Janeda_(Ambla)_vallavalitsus, lk 15
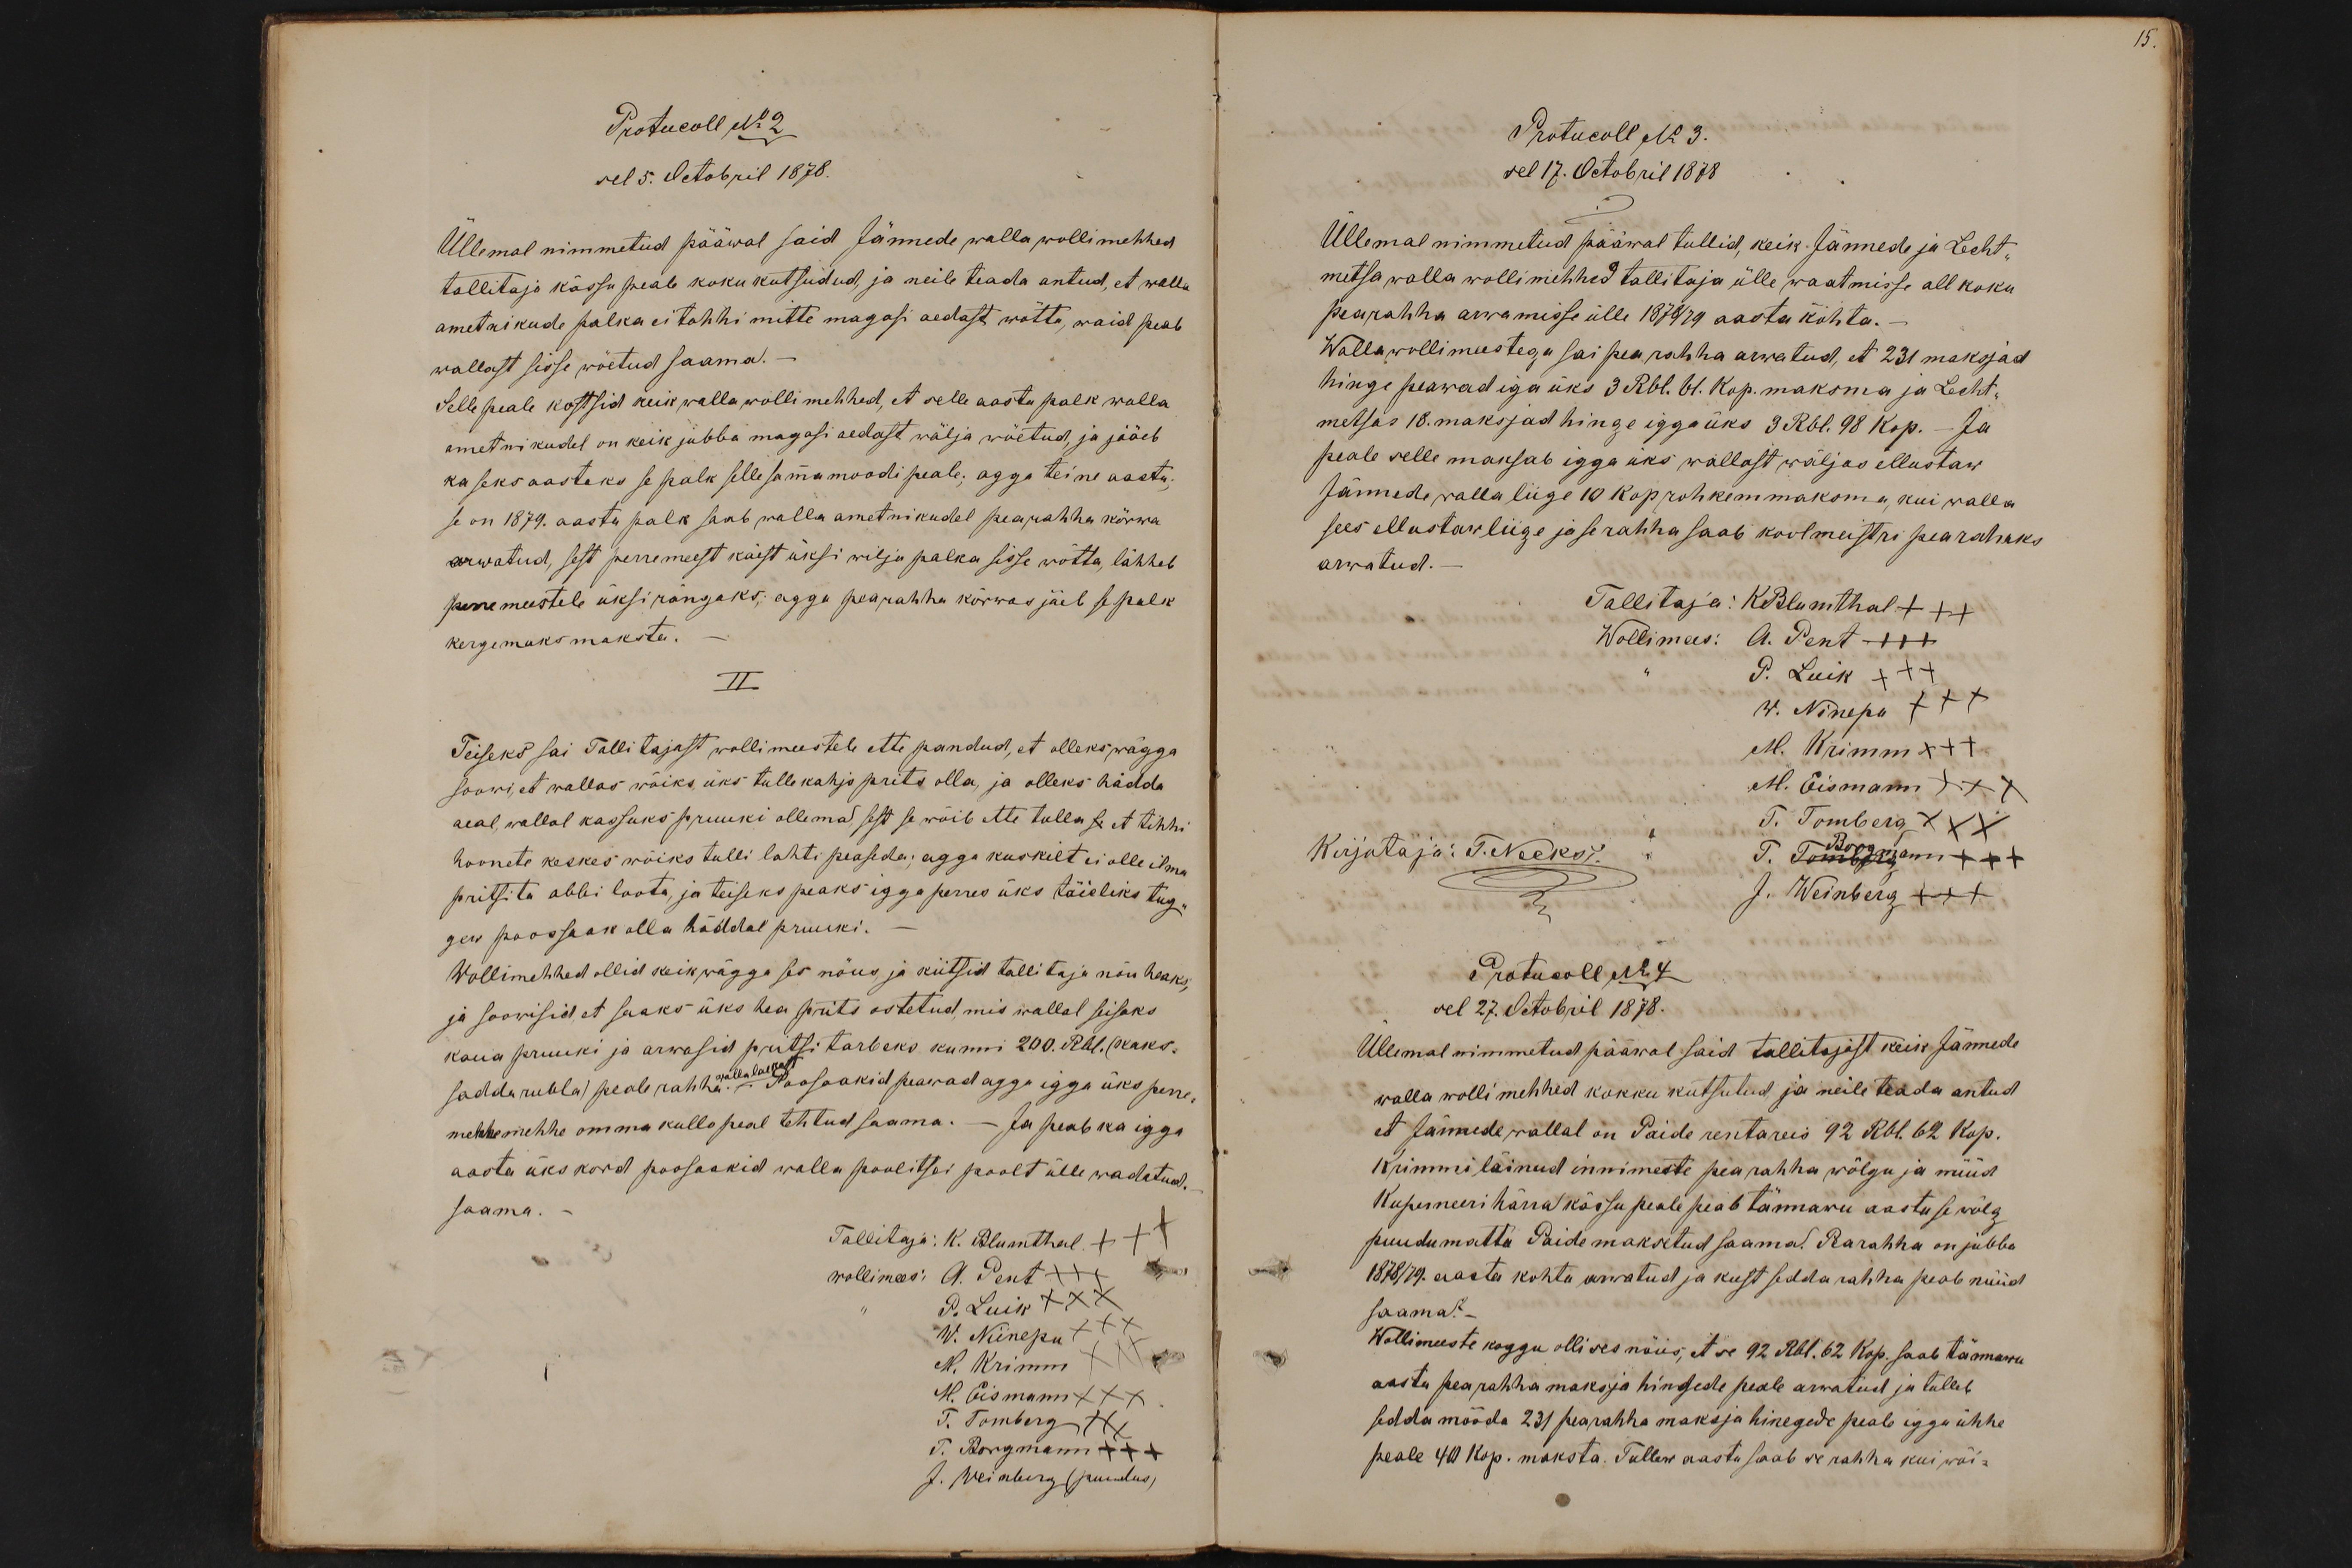
15.

Protucoll No 2
sel 5. Octobril 1878.
Üllemal nimmetud pääwal said Jännede walla wollimehhed
tallitaja kässu peale koku kutsudud, ja neile teada antud, et walla
ametnikude palka ei tohhi mitte magasi aedast wõtta, waid peab
wallast sisse wõetud saama. -
Selle peale kostsid keik walla wollimehhed, et selle aasta palk walla
ametnikudel on keik jubba magasi aedast wälja wõetud, ja jääeb
kaseks aastaks se palk selle sammamoodi peale; agga teine aasta;
se on 1879. aasta palk saab walla ametnikudel pearahha kõrwa
arwatud, sest perremeest käest üksi wilja palka sisse wõtta, lähheb
perremeestele üksi rängaks; agga pearahha kõrwas jäeb se palk
kergemaks maksta.
II
Teiseks sai Tallitajast wollimeestele ette pandud, et olleks wägga
soowi, et wallas wõiks üks tullekahjo prits olla, ja olleks hädda
aeal, wallal kassuks pruuki ollemas, sest se wõib ette tulla se et tihhi
hoonete keskes wõiks tulli lahti peaseda; agga kuskilt ei olle ilma
pritsita abbi loota, ja teiseks peaks igga perres üks täieliks tug-
gew poossaak olla häddal pruuki.
Wollimehhed ollid keik wägga ses nõus, ja kiitsid tallitaja nõu heaks,
ja soowisid, et saaks üks hea prits ostetud, mis wallal seisaks
kaua pruuki ja arwasid pritsi tarbeks kunni 200. Rbl. (kaks-
sadda rubla) peale rahha. walla laekast. Poosaakid peawad agga igga üks perre
mehhe mehhe omma kullo peal tehtud saama. - Ja peab ka igga
aasta üks kord poosaakid walla poolitsei poolt ülle wadatud.
saama.
Tallitaja: K. Blumthal +++
wollimees: A. Pent +++
P. Luik XXX
W. Niinepu XXX
M. Krimm XXX
M. Eismann XXX
T. Tomberg XXX
T. Borgmann +++
J. Weinberg (puudus)

Protucoll No 3.
sel 17. Octobril 1878
Üllemal nimmetud pääwal tullid, keik Jännede ja Lecht-
metsa walla wollimehhed tallitaja ülle waatmisse all koku
pearahha arwamisse ülle 1878/79 aasta kohta.
Walla wollimeestega sai pearahha arwatud, et 231 maksjad
hinge peawad iga üks 3 Rbl. 61. kop. maksma ja Lecht-
metsas 18. maksjad hinge igga üks 3 Rbl. 98 kop. - Ja
peale selle maksab igga üks wallast wäljas ellustaw
Jännede walla liige 10 kop rohkemmaksma, kui walla
sees ellustaw liige ja se rahha saab koolmeistri pearahaks
arwatud. -
Tallitaja: KBlumthal +++
Wollimees: A. Pent +++
P. Luik +++
W. Ninepu XXX
M. Krimm +++
M. Eismann XXX
T. Tomberg XXX
Kirjutaja: T. Necks
T. Borgmann +++
J. Weinberg +++
Protucoll No 4
sel 27. Octobril 1878.
Üllemal nimmetud pääwal said tallitajast keik Jännede
walla wollimehhed kokku kutsutud, ja neile teada antud
et Jännede wallal on Paide rentareis 92 Rbl. 62 Kop.
Krimmi läinud innimeste pea rahha wõlgu ja nüüd
Kuperneeri härra kässu peale peab tännawu aastuse wõlg
puudumatta Paide maksetud saama. Pearahha on jubba
1878/79. aasta kohta arwatud ja kust sedda rahha peab nüüd
saama?-
Wollimeeste koggu olli ses nõus, et se 92 Rbl. 62 Kop. saab tännawu
aastu pearahha maksja hingede peale arwatud ja tulleb
sedda mööda 231 pearahha maksja hinegede peale igga ühhe
peale 40 Kop. maksta. Tullew aastu saab se rahha kui wõi-